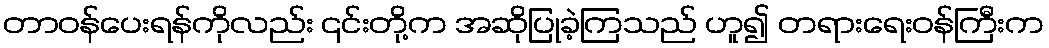
တာဝန်ပေးရန်ကိုလည်း ၎င်းတို့က အဆိုပြုခဲ့ကြသည် ဟူ၍ တရားရေးဝန်ကြီးက